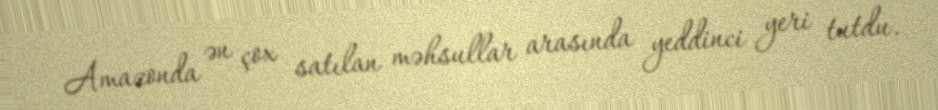
Amazonda ən çox satılan məhsullar arasında yeddinci yeri tutdu.